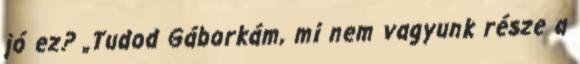
jó ez? „Tudod Gáborkám, mi nem vagyunk része a